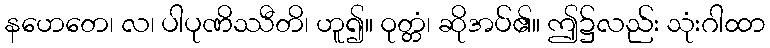
နဟေတေ၊ လ၊ ပါပုဏိဿီတိ၊ ဟူ၍။ ဝုတ္တံ၊ ဆိုအပ်၏။ ဤ၌လည်း သုံးဂါထာ